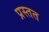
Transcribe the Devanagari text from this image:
प्रस्तत